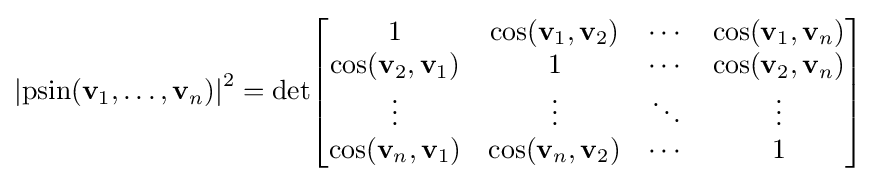
\left|\operatorname {psin} (\mathbf {v} _{1},\ldots ,\mathbf {v} _{n})\right|^{2}=\det \!\left[{\begin{matrix}1&\cos(\mathbf {v} _{1},\mathbf {v} _{2})&\cdots &\cos(\mathbf {v} _{1},\mathbf {v} _{n})\\\cos(\mathbf {v} _{2},\mathbf {v} _{1})&1&\cdots &\cos(\mathbf {v} _{2},\mathbf {v} _{n})\\\vdots &\vdots &\ddots &\vdots \\\cos(\mathbf {v} _{n},\mathbf {v} _{1})&\cos(\mathbf {v} _{n},\mathbf {v} _{2})&\cdots &1\\\end{matrix}}\right]